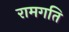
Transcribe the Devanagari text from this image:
रामगति